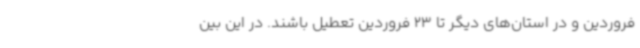
فروردین و در استان‌های دیگر تا 23 فروردین تعطیل باشند. در این بین